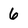
Character: 6